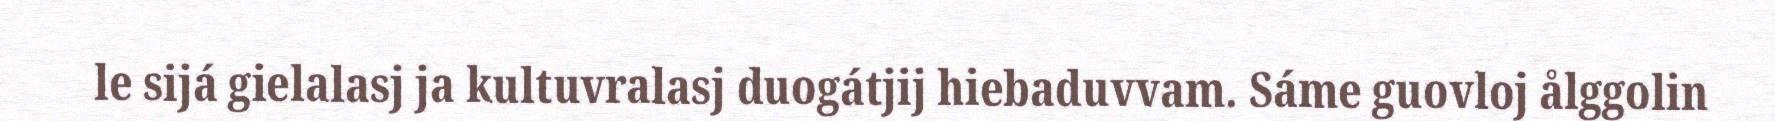
le sijá gielalasj ja kultuvralasj duogátjij hiebaduvvam. Sáme guovloj ålggolin